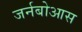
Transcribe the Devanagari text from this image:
जर्नबोआस